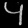
Digit: ၄